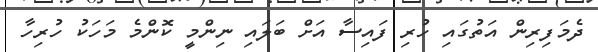
ދެމަފިރިން އަތުގައި ހުރި ފައިސާ އަށް ބަލައި ނިންމީ ކޮންމެ މަހަކު ހުރިހާ